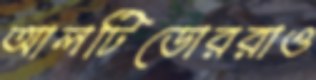
আলটিডোররাও